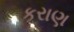
કરાણ